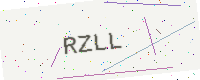
Text: RZLL